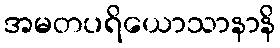
အမတပရိယောသာနာနိ